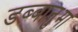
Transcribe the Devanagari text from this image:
डब्बानुमा